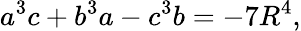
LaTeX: a^{3}c+b^{3}a-c^{3}b=-7R^{4},